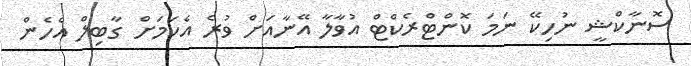
ސޮނާކްޝީ ނުހިކޭ ނަމަ ކޮންޓްރެކްޓް އުވާލާ އޭނާއަށް ވުރެ އެކަމަށް ގާބިލް އެހެން